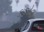
કાજોલ